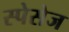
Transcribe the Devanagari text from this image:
स्पेसेज